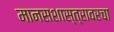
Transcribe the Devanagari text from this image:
मानसशास्त्रावरचा